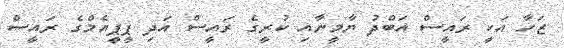
ޒަހާ އަކީ ރައީސް އަބްދު ޔާމީނާއި ކުރީގެ ރައީސް އަދި ޕީޕީއެމްގެ ރައީސް